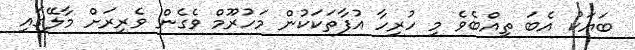
ބަޔަކު އެބަ ތިއްބެވެ މި ހުރިހާ އުފާތަކަކުން މަހުރޫމް ވެގެން ވެރިރަށް މާލޭގައި